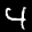
Label: 4